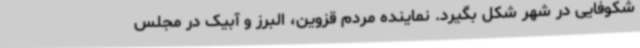
شکوفایی در شهر شکل بگیرد. نماینده مردم قزوین، البرز و آبیک در مجلس